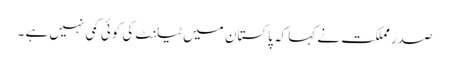
صدر مملکت نے کہا کہ پاکستان میں ٹیلنٹ کی کوئی کمی نہیں ہے ۔